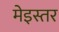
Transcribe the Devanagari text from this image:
मेइस्तर